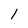
Character: 1